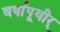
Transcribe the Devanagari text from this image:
वर्षापूवीर्